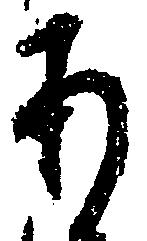
あ